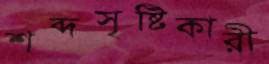
শব্দসৃষ্টিকারী